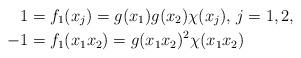
LaTeX: \begin{align*}1&=f_1(x_j)=g(x_1)g(x_2)\chi(x_j),\,j=1,2,\, \\ -1&=f_1(x_1x_2)=g(x_1x_2)^2\chi(x_1x_2)\end{align*}